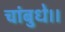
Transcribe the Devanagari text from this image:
चांबुधे।।